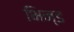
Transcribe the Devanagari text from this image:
भिन्ड